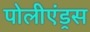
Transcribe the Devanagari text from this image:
पोलीएंड्रस